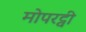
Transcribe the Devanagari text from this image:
मोपरट्वी